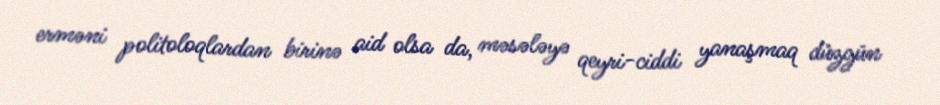
erməni politoloqlardan birinə aid olsa da, məsələyə qeyri-ciddi yanaşmaq düzgün